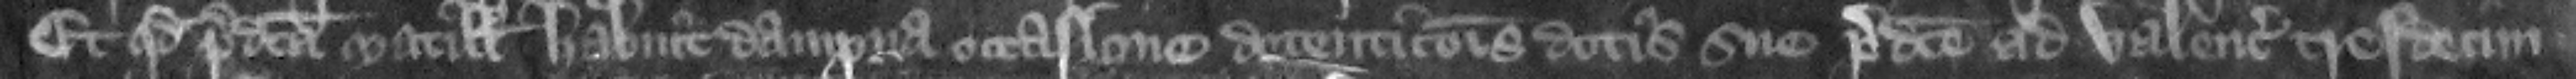
et quod predicta Matillis habuit dampna occasione detenticionis dotis sue predicte ad valenciam tresdecim